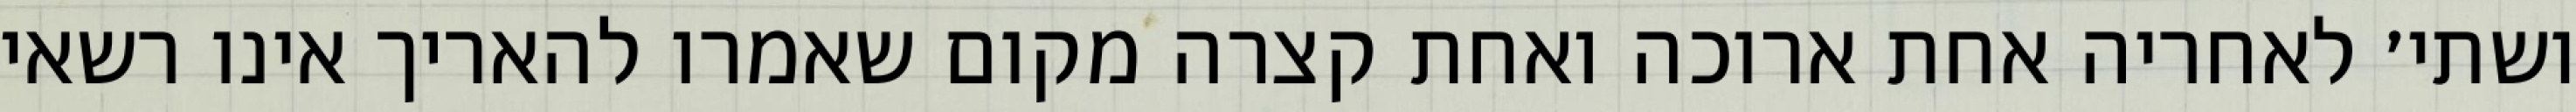
ושתי׳ לאחריה אחת ארוכה ואחת קצרה מקום שאמרו להאריך אינו רשאי